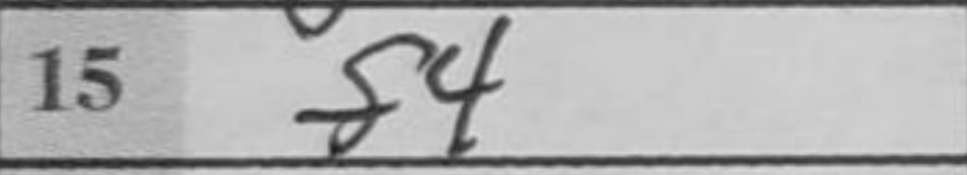
Transcription: f4